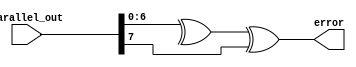
module parity_error(
    input wire [8:0] parallel_out, // Output from the shift register
    output wire error              // Parity error indicator
);

// Calculate even parity
wire parity = ^(parallel_out[6:0]);

// Check if the even parity bit is correct (the parity bit should be the inverse of the calculation, hence using XOR to check the difference)
assign error = parity ^ parallel_out[7];

endmodule